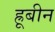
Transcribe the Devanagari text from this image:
ह्रूबीन